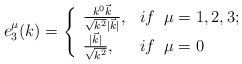
LaTeX: \begin{align*}e^{\mu}_3(k)=\left \{ \begin{array}{ll}\frac{k^0\vec k}{\sqrt{k^2}|\vec k|}, & if \;\;\mu=1,2,3; \\ \frac{|\vec k|}{\sqrt{k^2}}, & if\;\;\mu=0\end{array}\right.\end{align*}